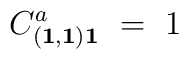
C_{({\bf 1},{\bf 1}){\bf 1}}^a \ = \ 1 \quad